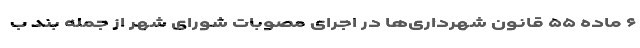
۶ ماده ۵۵ قانون شهرداری‌ها در اجرای مصوبات شورای شهر از جمله بند ب